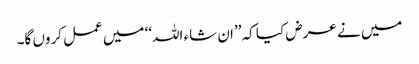
میں نے عرض کیا کہ ’’ان شاء اللہ‘‘ میں عمل کروں گا۔